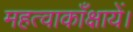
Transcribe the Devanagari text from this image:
महत्वाकाँक्षायें।